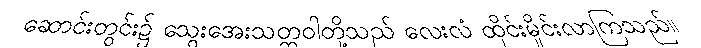
ဆောင်းတွင်း၌ သွေးအေးသတ္တဝါတို့သည် လေးလံ ထိုင်းမှိုင်းလာကြသည်။